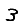
Digit: 3